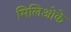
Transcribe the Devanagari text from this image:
मिलिओके